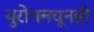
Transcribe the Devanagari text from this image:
युरोपमधूनही